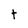
Character: t